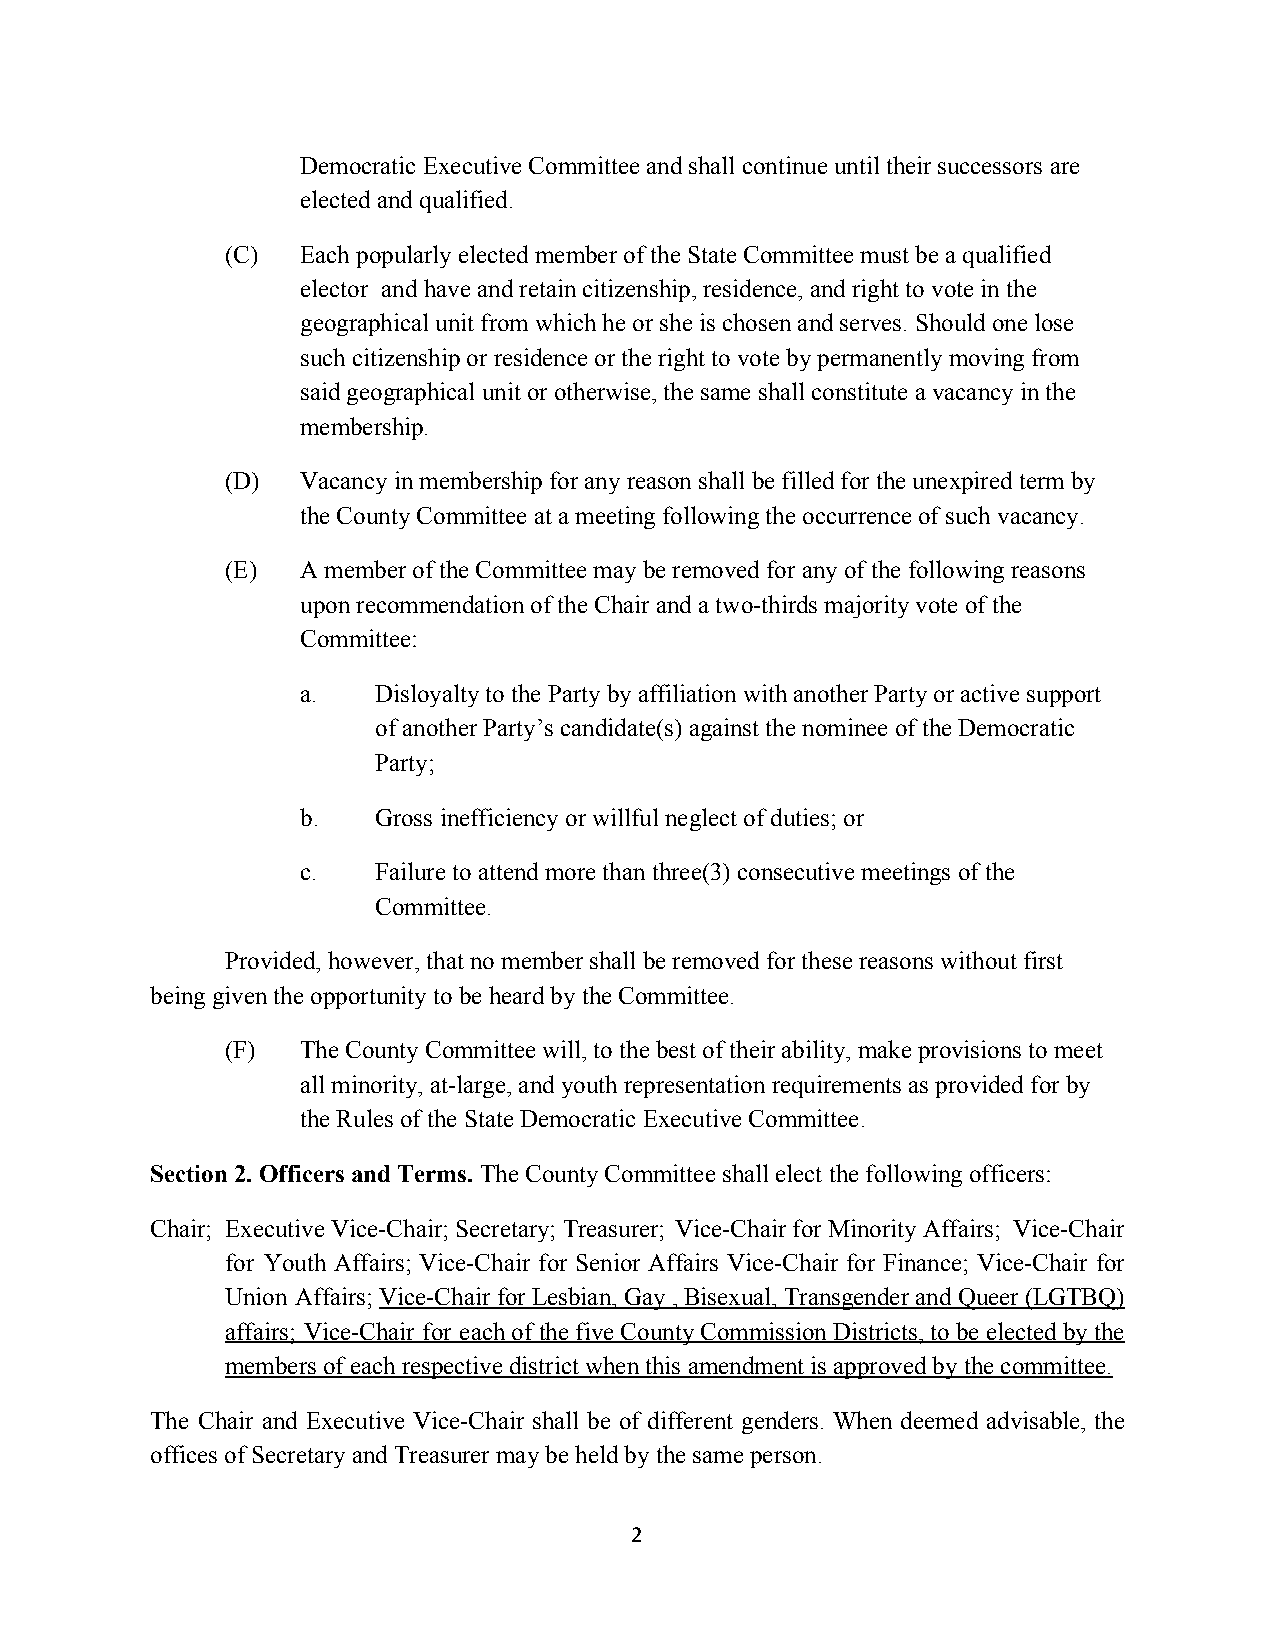
Democratic Executive Committee and shall continue until their successors are
 elected and qualified.
 (C)  Each popularly elected member of the State Committee must be a qualified
 elector and have and retain citizenship, residence, and right to vote in the
 geographical unit from which he or she is chosen and serves. Should one lose
 such citizenship or residence or the right to vote by permanently moving from
 said geographical unit or otherwise, the same shall constitute a vacancy in the
 membership.
 (D)  Vacancy in membership for any reason shall be filled for the unexpired term by
 the County Committee at a meeting following the occurrence of such vacancy.
 (E)  A member of the Committee may be removed for any of the following reasons
 upon recommendation of the Chair and a two-thirds majority vote of the
 Committee:
 a.   Disloyalty to the Party by affiliation with another Party or active support
 of another Party’s candidate(s) against the nominee of the Democratic
 Party;
 b.   Gross inefficiency or willful neglect of duties; or
 c.   Failure to attend more than three(3) consecutive meetings of the
 Committee.
 Provided, however, that no member shall be removed for these reasons without first
 being given the opportunity to be heard by the Committee.
 (F)  The County Committee will, to the best of their ability, make provisions to meet
 all minority, at-large, and youth representation requirements as provided for by
 the Rules of the State Democratic Executive Committee.
 Section 2. Officers and Terms. The County Committee shall elect the following officers:
 ​
 Chair; Executive Vice-Chair; Secretary; Treasurer; Vice-Chair for Minority Affairs; Vice-Chair
 for Youth Affairs; Vice-Chair for Senior Affairs Vice-Chair for Finance; Vice-Chair for
 Union Affairs; Vice-Chair for Lesbian, Gay , Bisexual, Transgender and Queer (LGTBQ)
 ​
 affairs; Vice-Chair for each of the five County Commission Districts, to be elected by the
 members of each respective district when this amendment is approved by the committee.
 The Chair and Executive Vice-Chair shall be of different genders. When deemed advisable, the
 offices of Secretary and Treasurer may be held by the same person.
 2